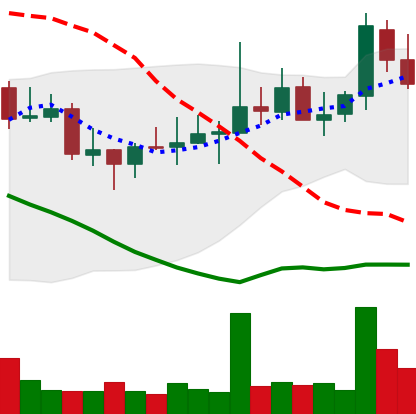
Ticker: DOGE-USD
Chart end date: 2021-10-26
Forward return: 9.585%
Label: up_7plus